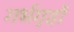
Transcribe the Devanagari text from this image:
गर्भगृहों